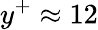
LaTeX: y^{+}\approx 12